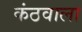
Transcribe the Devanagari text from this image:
कंठवाला